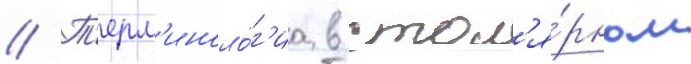
// Т'ерм'иноло́г'иа в стол'я́рном